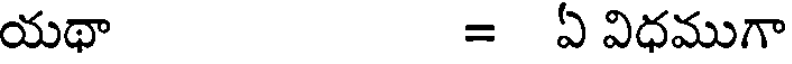
యథా = ఏ విధముగా